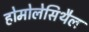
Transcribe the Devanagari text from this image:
होमोलेसिथैल